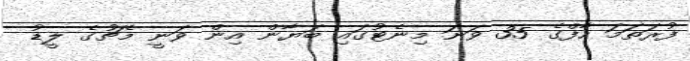
ފުރަތަމަ ހާފްގެ 35 ވަނަ މިނެޓުގައި ބަޔާން އިން ވަނީ މެޗުގެ ލީޑު